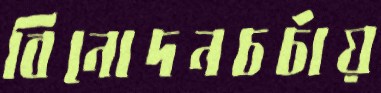
বিনোদনচর্চায়